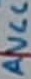
Text: AVCC